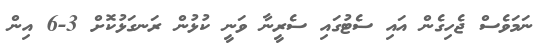
ނަމަވެސް ޖެހިގެން އައި ސެޓުގައި ސެރީނާ ވަނީ ކުޅުން ރަނގަޅުކޮށް 3-6 އިން